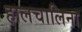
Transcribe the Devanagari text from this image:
हालचालिना